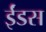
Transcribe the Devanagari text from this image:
ईंडस